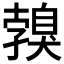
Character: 𦤣